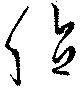
値